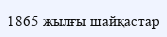
1865 жылғы шайқастар